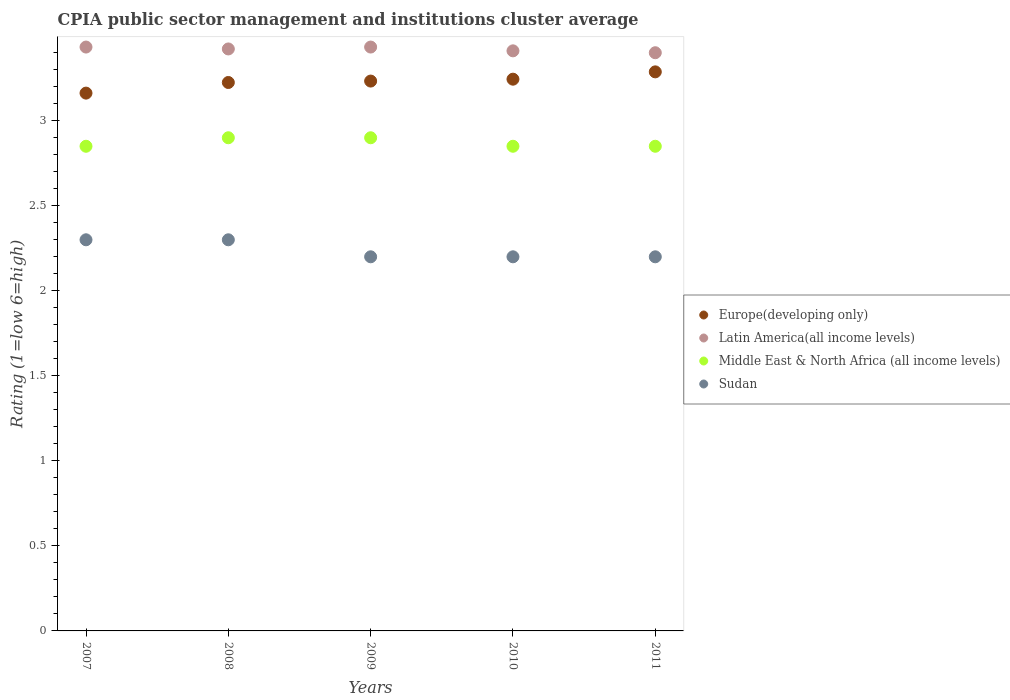
| Years | Europe(developing only) | Latin America(all income levels) | Middle East & North Africa (all income levels) | Sudan |
 | --- | --- | --- | --- | --- |
 | 2007 | 3.16 | 3.43 | 2.85 | 2.3 |
 | 2008 | 3.23 | 3.42 | 2.9 | 2.3 |
 | 2009 | 3.23 | 3.43 | 2.9 | 2.2 |
 | 2010 | 3.24 | 3.41 | 2.85 | 2.2 |
 | 2011 | 3.29 | 3.4 | 2.85 | 2.2 |